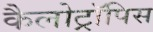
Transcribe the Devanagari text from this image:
कैलोट्रॉपिस